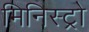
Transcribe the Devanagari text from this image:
मिनिस्ट्रो